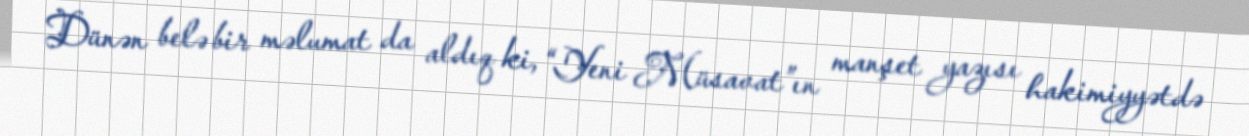
Dünən belə bir məlumat da aldıq ki, “Yeni Müsavat”ın manşet yazısı hakimiyyətdə